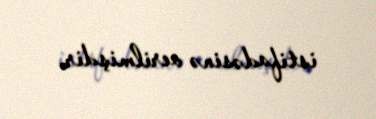
istifadəsinə verilmişdir.